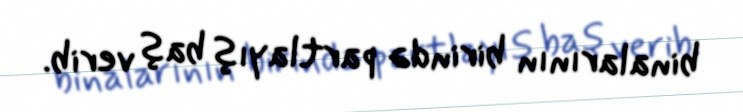
binalarının birində partlayış baş verib.